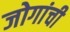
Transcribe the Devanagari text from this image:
जोगांची